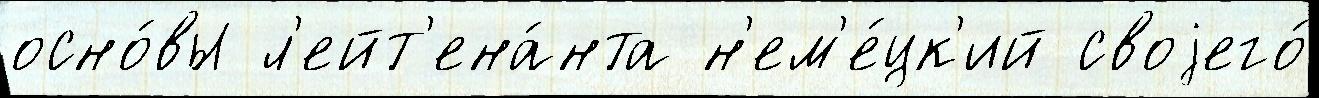
осно́вы л'ейт'ена́нта н'ем'е́цк'ий своjего́